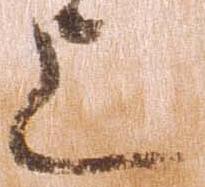
上